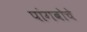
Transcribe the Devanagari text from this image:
पांगबोचे